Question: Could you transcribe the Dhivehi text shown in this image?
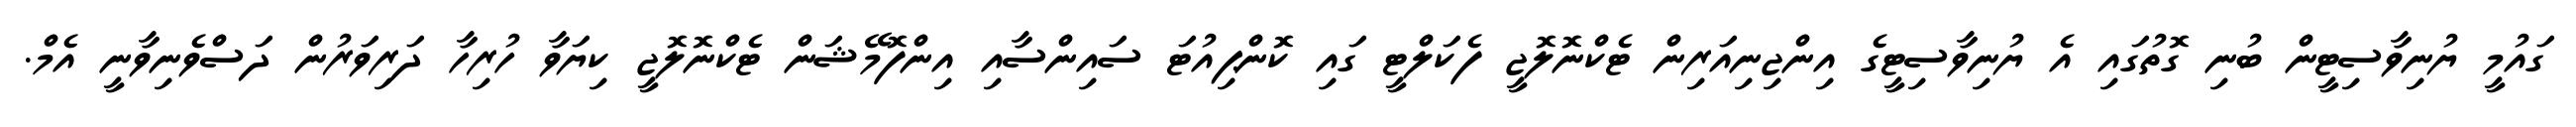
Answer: ގައުމީ ޔުނިވާސިޓީން ބުނި ގޮތުގައި އެ ޔުނިވާސިޓީގެ އިންޖިނިއަރިން ޓެކްނޮލޮޖީ ފެކަލްޓީ ގައި ކޮންޕިއުޓަ ސައިންސާއި އިންފޮމޭޝަން ޓެކްނޮލޮޖީ ކިޔަވާ ހުރިހާ ދަރިވަރުން ދަސްވެނިވާނީ އެމް.